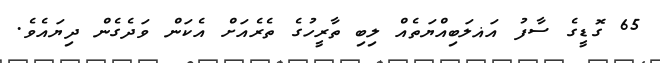
65 ގޮޑީގެ ސާފު އަޣލަބިއްޔަތެއް ލިބި ތާރީހުގެ ތެރެއަށް އެކަން ވަދެގެން ދިޔައެވެ.